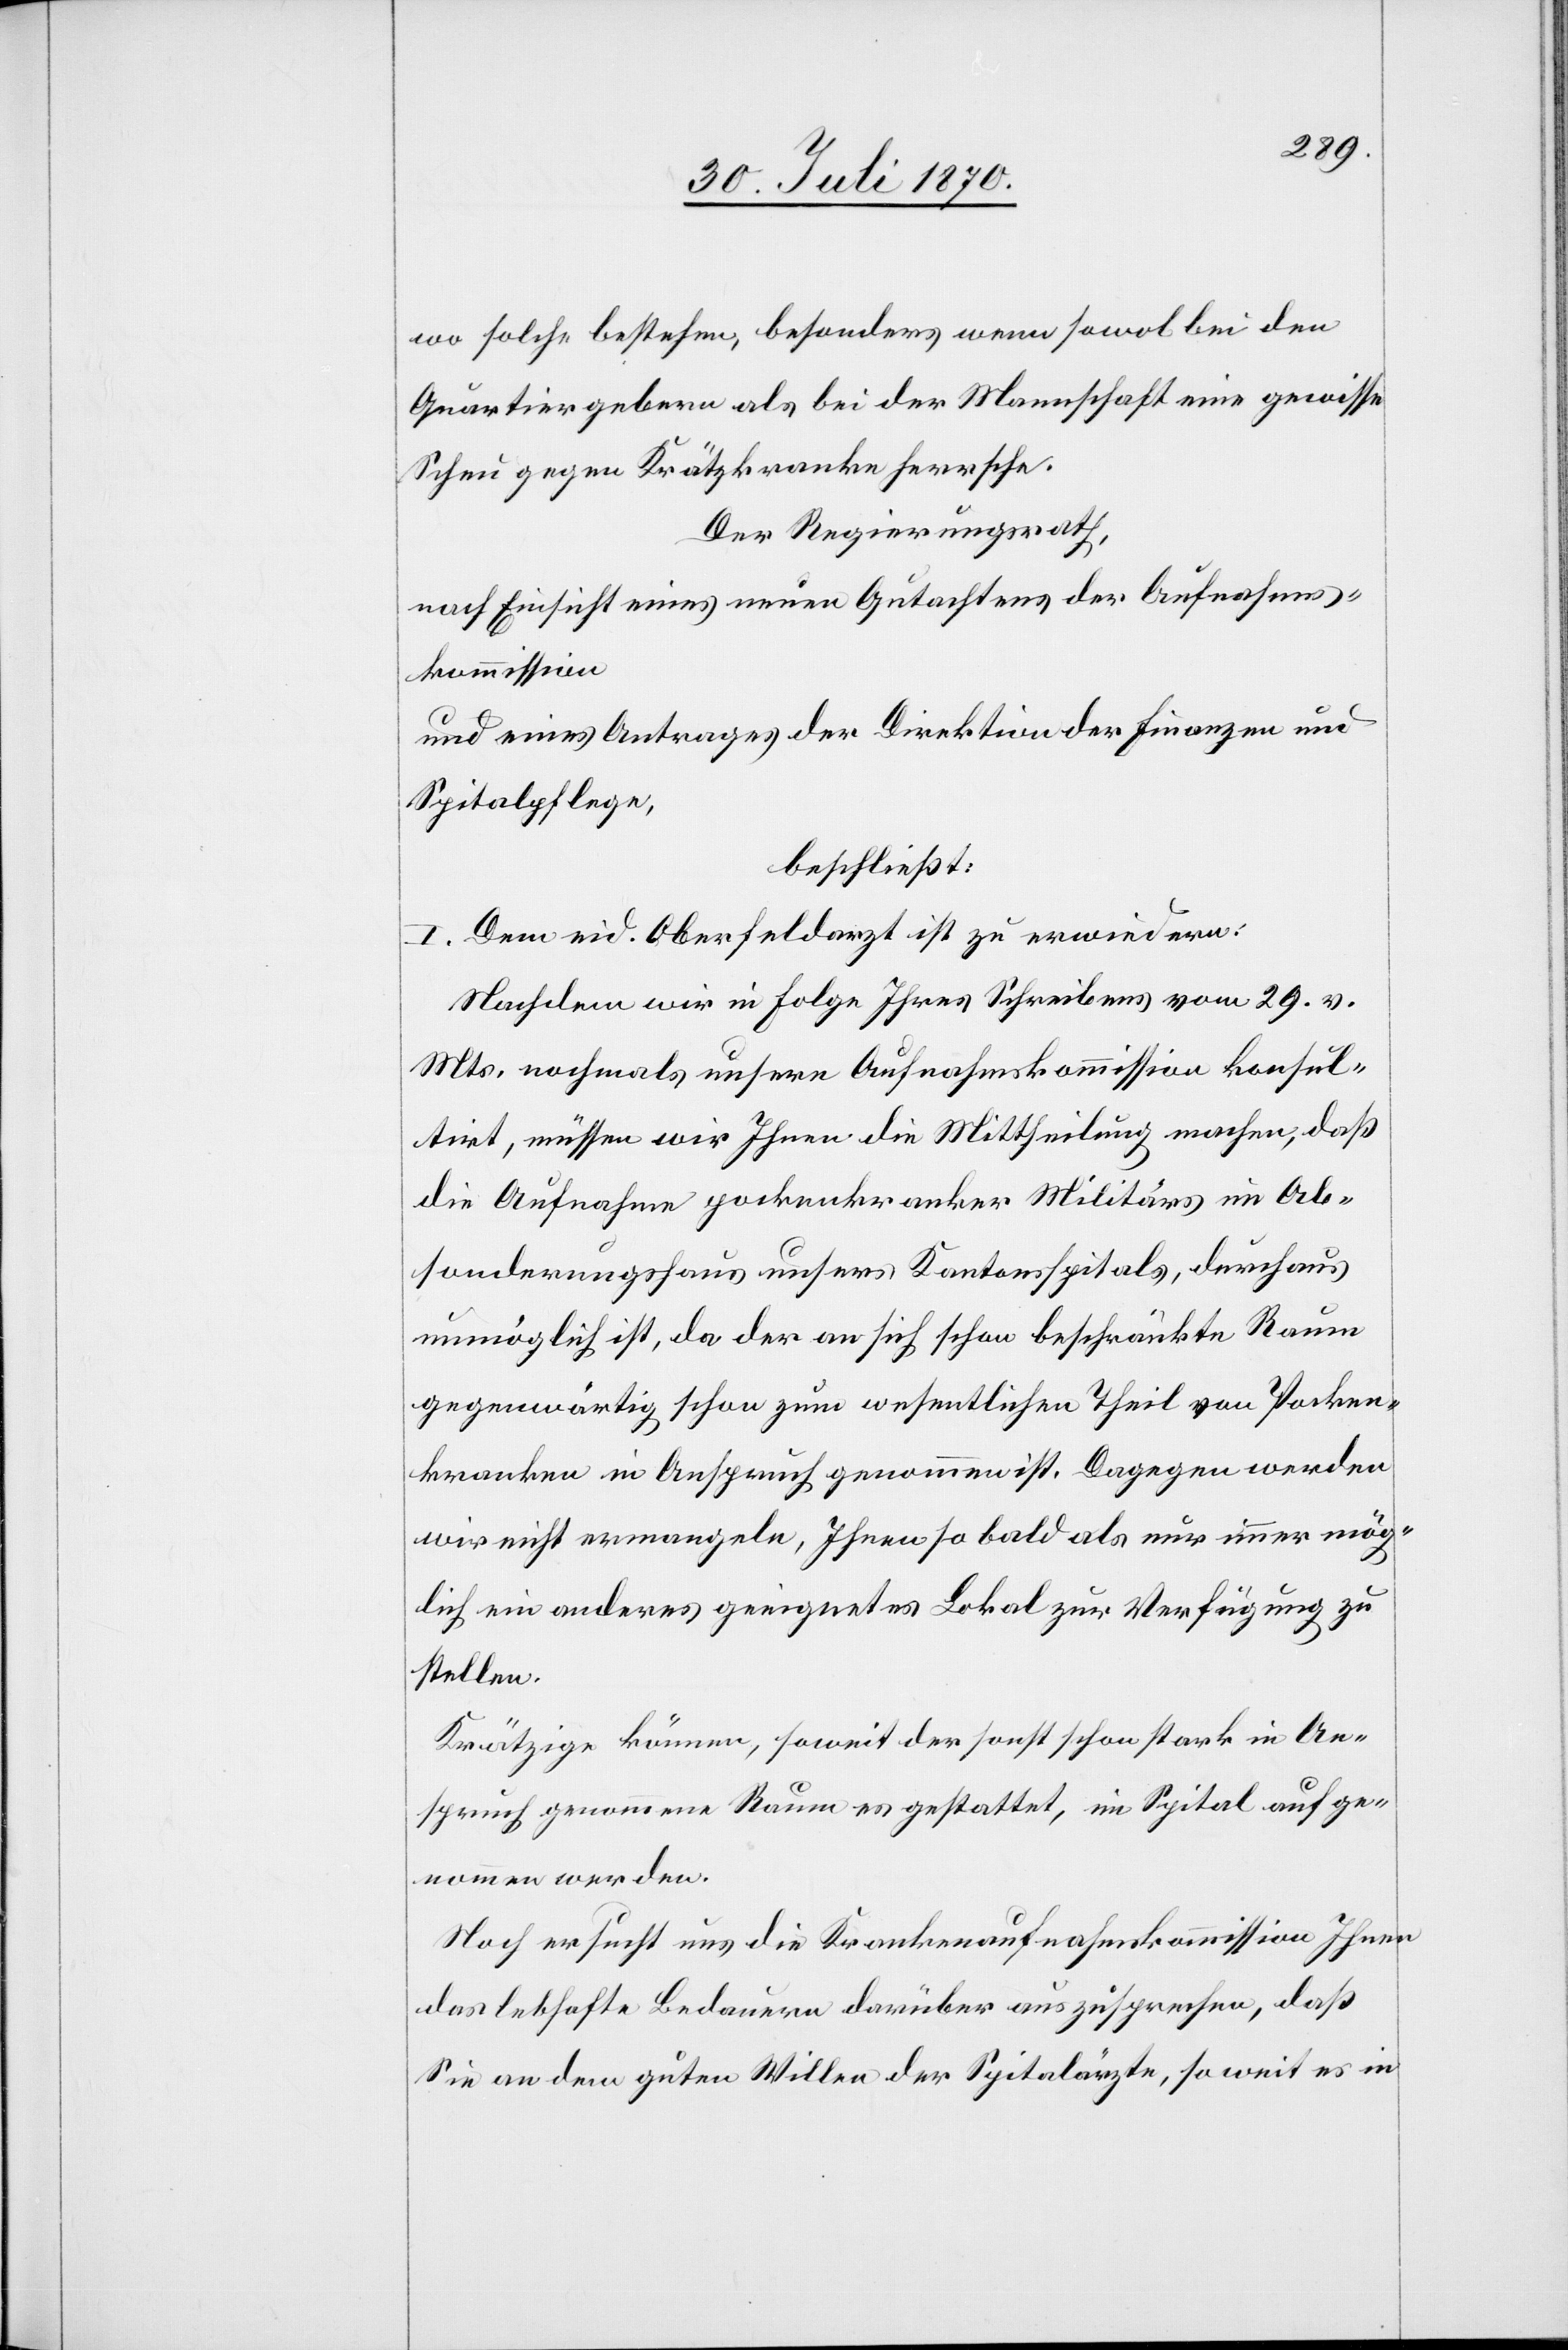
wo solche bestehen, besonders wenn sowol bei den
Quartiergebern als bei der Mannschaft eine gewisse
Scheu gegen Krätzkranke herrsche.
Der Regierungsrath,
nach Einsicht eines neuen Gutachtens der Aufnahms¬
kommission
und eines Antrages der Direktion der Finanzen und
Spitalpflege,
beschließt:
I. Dem eid. Oberfeldarzt ist zu erwiedern:
Nachdem wir in Folge Ihres Schreibens vom 29. v.
Mts. nochmals unsere Aufnahmskommission konsul¬
tirt [haben], müssen wir Ihnen die Mittheilung machen, daß
die Aufnahme pockenkranker Militärs im Ab¬
sonderungshaus unser[e]s Kantonsspitals, durchaus
unmöglich ist, da der an sich schon beschränkte Raum
gegenwärtig schon zum wesentlichen Theil von Pocken¬
kranken in Anspruch genommen ist. Dagegen werden
wir nicht ermangeln, Ihnen so bald als nur immer mög¬
lich ein anderes geeignetes Lokal zur Verfügung zu
stellen.
Krätzige können, soweit der sonst schon stark in An¬
spruch genommene Raum es gestattet, im Spital aufge¬
nommen werden.
Noch ersucht uns die Krankenaufnahmskommission Ihnen
das lebhafte Bedauern darüber auszusprechen, daß
Sie an dem guten Willen der Spitalärzte, so weit es in